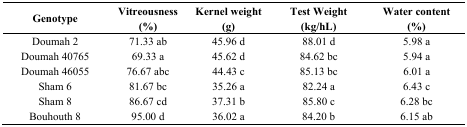
<table><thead><tr><td><b>Genotype</b></td><td><b>Vitreousness (%)</b></td><td><b>Kernel weight (g)</b></td><td><b>Test Weight (kg/hL)</b></td><td><b>Water content (%)</b></td></tr></thead><tbody><tr><td>Doumah 2</td><td>71.33 ab</td><td>45.96 d</td><td>88.01 d</td><td>5.98 a</td></tr><tr><td>Doumah 40765</td><td>69.33 a</td><td>45.62 d</td><td>84.62 bc</td><td>5.94 a</td></tr><tr><td>Doumah 46055</td><td>76.67 abc</td><td>44.43 c</td><td>85.13 bc</td><td>6.01 a</td></tr><tr><td>Sham 6</td><td>81.67 bc</td><td>35.26 a</td><td>82.24 a</td><td>6.43 c</td></tr><tr><td>Sham 8</td><td>86.67 cd</td><td>37.31 b</td><td>85.80 c</td><td>6.28 bc</td></tr><tr><td>Bouhouth 8 </td><td>95.00 d</td><td>36.02 a</td><td>84.20 b</td><td>6.15 ab</td></tr></tbody></table>